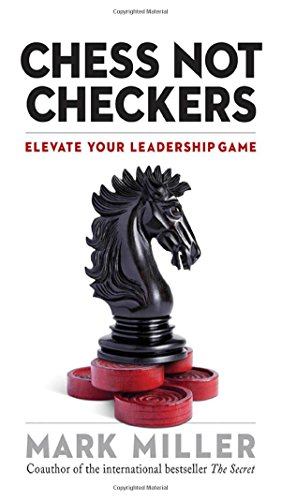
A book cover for Chess Not Checkers: Elevate Your Leadership Game; Mark Miller; Business & Money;